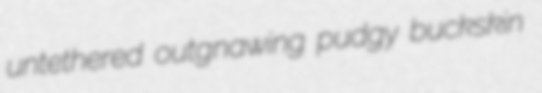
untethered outgnawing pudgy buckskin